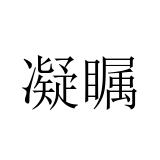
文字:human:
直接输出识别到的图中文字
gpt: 凝瞩